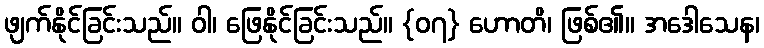
ဖျက်နိုင်ခြင်းသည်။ ဝါ၊ ဖြေနိုင်ခြင်းသည်။ {၀၇} ဟောတိ၊ ဖြစ်၏။ အဒေါသေန၊